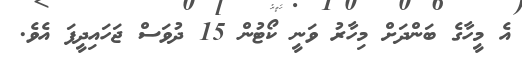
އެ މީހާގެ ބަންދަށް މިހާރު ވަނީ ކޯޓުން 15 ދުވަސް ޖަހައިދީފަ އެވެ.